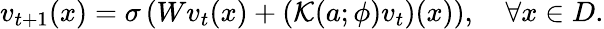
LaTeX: v_{t+1}(x)=\sigma\left(Wv_{t}(x)+\left(\mathcal{K}(a;\phi)v_{t}\right)(x)\right),\quad\forall x\in D.